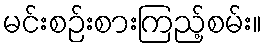
မင်းစဉ်းစားကြည့်စမ်း။